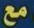
مع